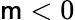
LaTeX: \mathsf{m}<0